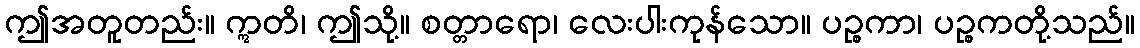
ဤအတူတည်း။ ဣတိ၊ ဤသို့။ စတ္တာရော၊ လေးပါးကုန်သော။ ပဉ္စကာ၊ ပဉ္စကတို့သည်။